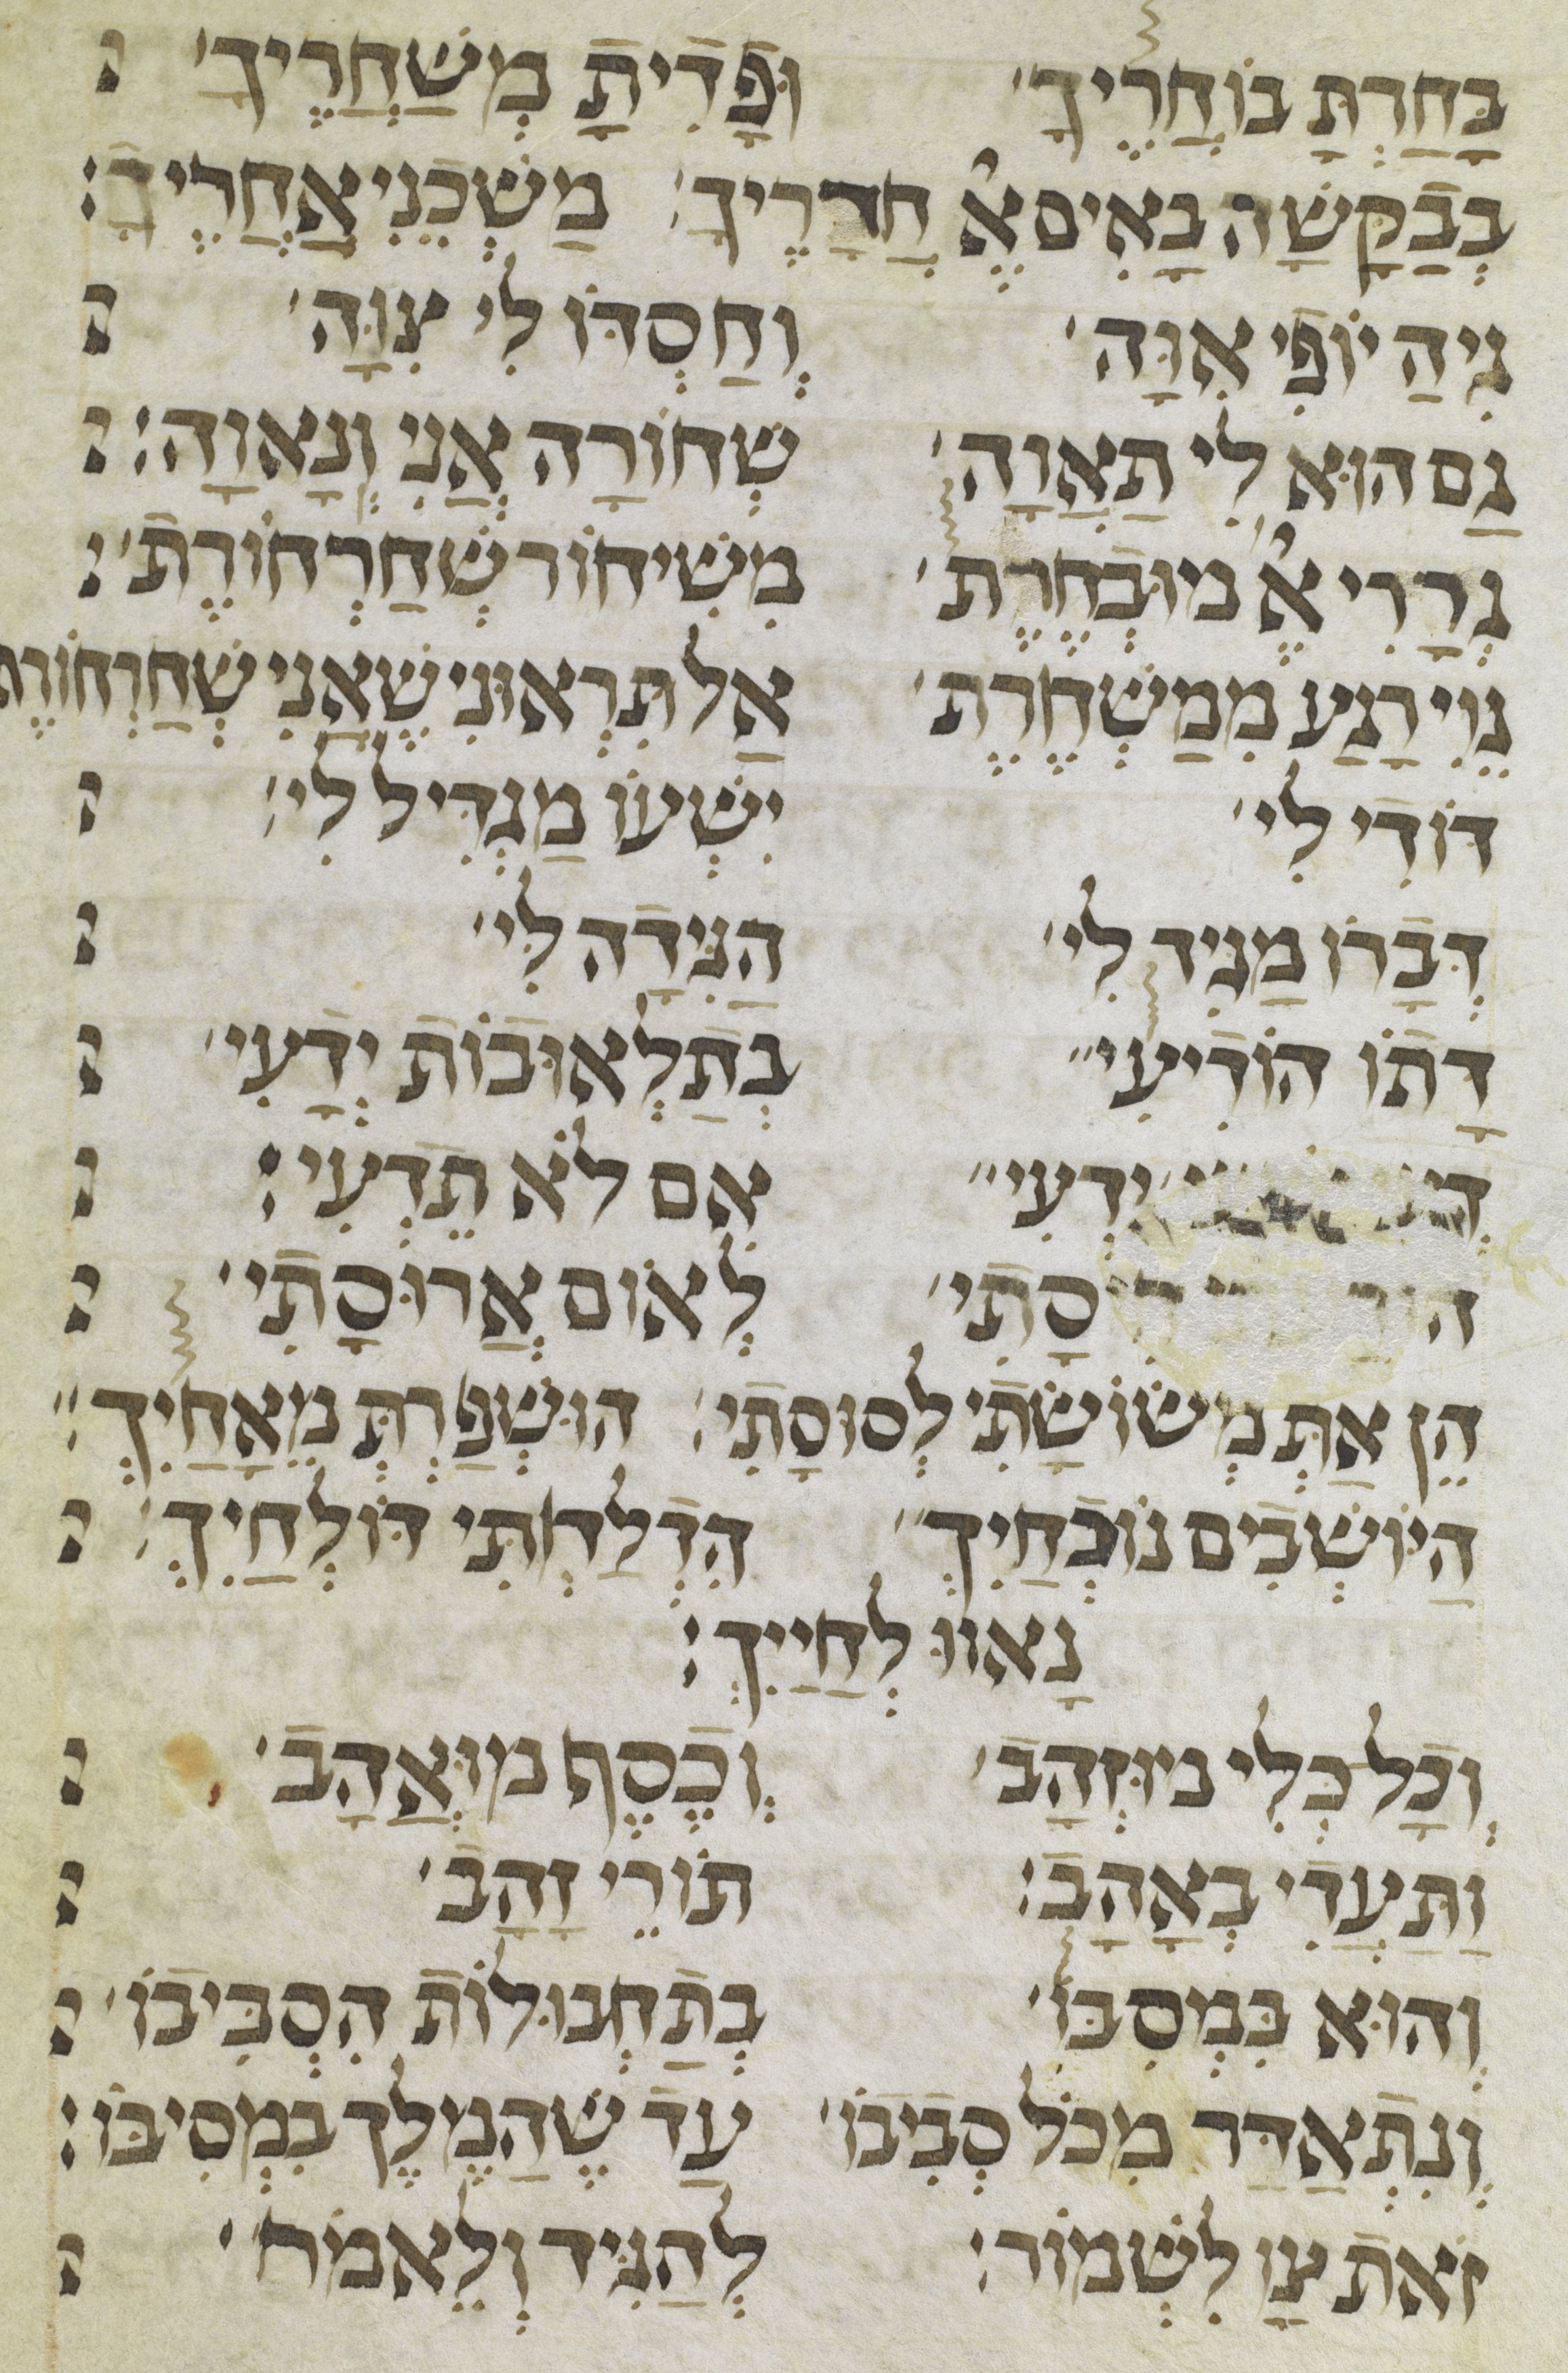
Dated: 1300–1399